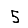
Digit: 5